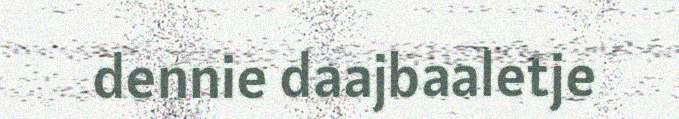
dennie daajbaaletje